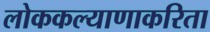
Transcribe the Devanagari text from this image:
लोककल्याणाकरिता